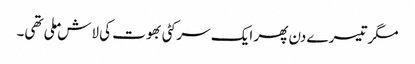
مگر تیسرے دن پھر ایک سرکٹی بھوت کی لاش ملی تھی۔